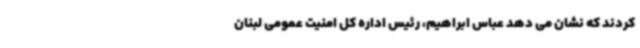
کردند که نشان می دهد عباس ابراهیم، رئیس اداره کل امنیت عمومی لبنان